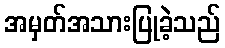
အမှတ်အသားပြုခဲ့သည်